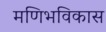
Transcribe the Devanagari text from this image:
मणिभविकास